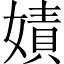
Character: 嫧